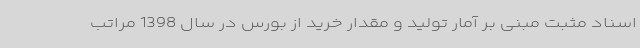
اسناد مثبت مبنی بر آمار تولید و مقدار خرید از بورس در سال 1398 مراتب